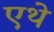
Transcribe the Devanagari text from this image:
एथे